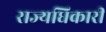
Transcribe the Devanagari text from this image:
राज्यधिकारी